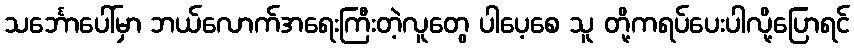
သင်္ဘောပေါ်မှာ ဘယ်လောက်အရေးကြီးတဲ့လူတွေ ပါပေ့စေ သူ တို့ကရပ်ပေးပါလို့ပြောရင်